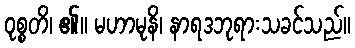
ဝုစ္စတိ၊ ၏။ မဟာမုနိ၊ နာရဒဘုရားသခင်သည်။